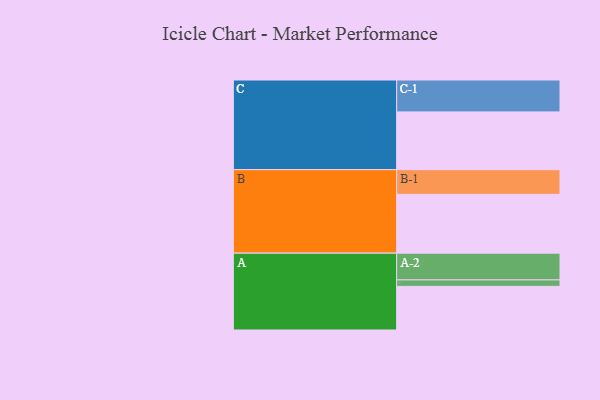
{"axis": {"x": "Segment", "y": "Value"}, "legend": ["", "A", "B", "C"], "data": [{"x": "A", "y": 405, "type": ""}, {"x": "B", "y": 546, "type": ""}, {"x": "C", "y": 536, "type": ""}, {"x": "A-1", "y": 60, "type": "A"}, {"x": "A-2", "y": 248, "type": "A"}, {"x": "B-1", "y": 229, "type": "B"}, {"x": "C-1", "y": 296, "type": "C"}]}